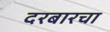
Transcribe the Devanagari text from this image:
दरबारचा